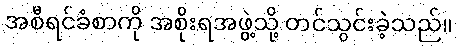
အစီရင်ခံစာကို အစိုးရအဖွဲ့သို့ တင်သွင်းခဲ့သည်။